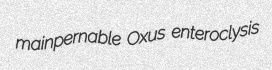
mainpernable Oxus enteroclysis